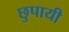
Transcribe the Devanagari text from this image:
छुपायी